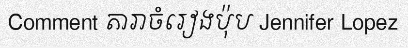
Comment តារាចំរៀងប៉ុប Jennifer Lopez